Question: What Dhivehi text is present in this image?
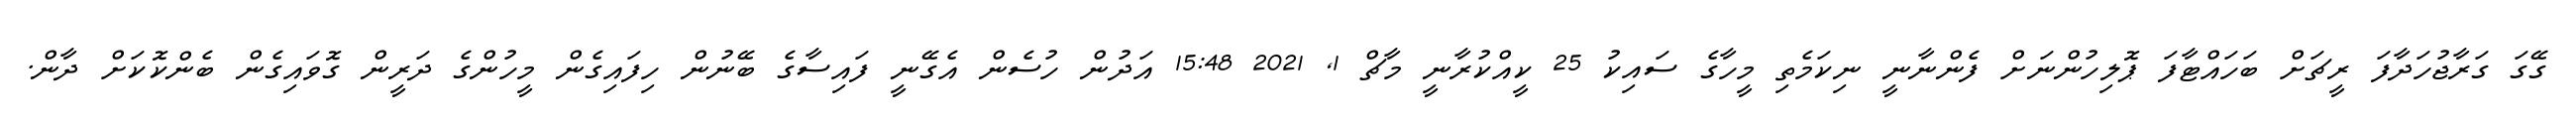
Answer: ގޭގަ ގަރާޖުހަދާފަ ރީޗަށް ބަހައްޓާފަ ޕޮލިހުންނަށް ފެންނާނީ ނިކަމެތި މީހާގެ ސައިކު 25 ކީއްކުރާނީ މާޗް 1, 2021 15:48 އަދުން ހުސެން އެގޭނީ ފައިސާގެ ބޭނުން ހިފައިގެން މީހުންގެ ދަރީން ގޮވައިގެން ބެންކޮކަށް ދާން.